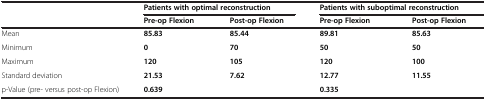
| <ROWSPAN=2>  | <COLSPAN=2> Patients with optimal reconstruction | <COLSPAN=2> Patients with suboptimal reconstruction |
 | Pre-op Flexion | Post-op Flexion | Pre-op Flexion | Post-op Flexion |
 | --- | --- | --- | --- | --- |
 | Mean | 85.83 | 85.44 | 89.81 | 85.63 |
 | Minimum | 0 | 70 | 50 | 50 |
 | Maximum | 120 | 105 | 120 | 100 |
 | Standard deviation | 21.53 | 7.62 | 12.77 | 11.55 |
 | p-Value (pre- versus post-op Flexion) | <COLSPAN=2> 0.639 | <COLSPAN=2> 0.335 |